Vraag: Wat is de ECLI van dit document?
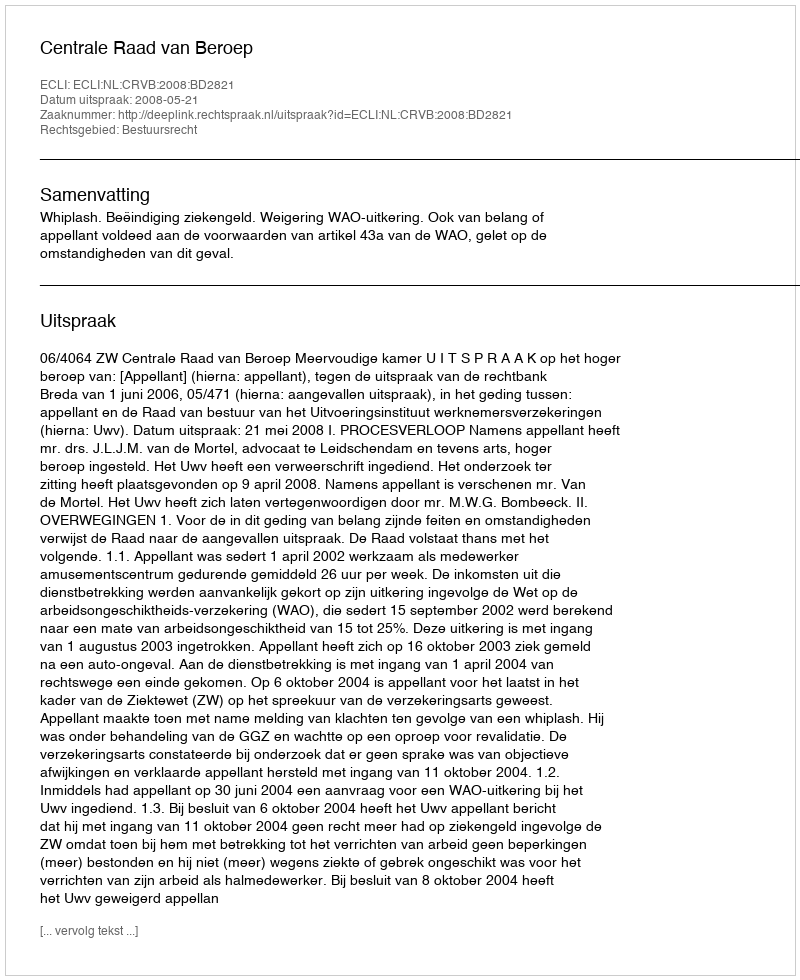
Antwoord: ECLI:NL:CRVB:2008:BD2821